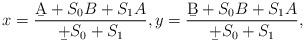
LaTeX: \begin{align*}x=\frac{\b A+S_0B+S_1A}{\b+S_0+S_1},y=\frac{\b B+S_0B+S_1A}{\b+S_0+S_1}, \end{align*}